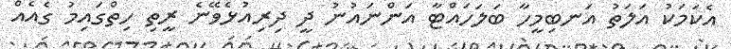
އެކަމަކު އަލަތު އަނބިމީހާ ބަލަހައްޓާ އަންނައުނު ދީ ދިރިއުޅެވޭނެ ރީތި ހިތްގައިމު ގެއެއް